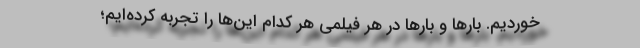
خوردیم. بارها و بارها در هر فیلمی هر کدام این‌ها را تجربه کرده‌ایم؛